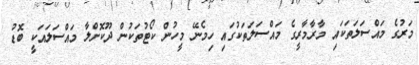
މަރުގެ މައްސަލަތަކައި މާރާމާރީގެ މައްސަލަތަކުގައި ހިމެނޭ މީހުން ކޯޓުތަކުން ދޫކޮށްލާ މައްސަލައަކީ ބޮޑު